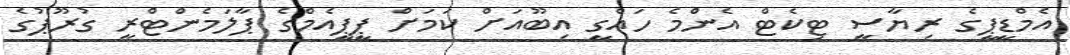
އެމްޑީޕީގެ ރިޔާސީ ޓިކެޓް އެންމެ ހައްގީ އިބޫއަށް ކަމަށް ޕީޕީއެމްގެ ޕާލަމެންޓްރީ ގުރޫޕުގެ